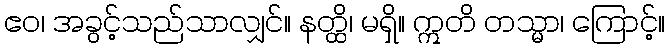
ဧဝ၊ အခွင့်သည်သာလျှင်။ နတ္ထိ၊ မရှိ။ ဣတိ တသ္မာ၊ ကြောင့်။